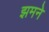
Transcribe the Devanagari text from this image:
झमने